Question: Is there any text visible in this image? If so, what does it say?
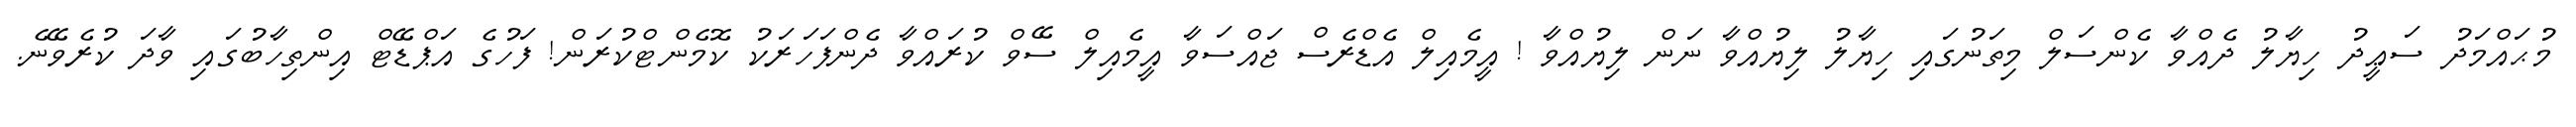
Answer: މުޙައްމަދު ސަޢީދު ހިޔާލު ދެއްވާ ކެންސަލް މިތަނުގައި ހިޔާލު ލިޔުއްވާ ނަން ލިޔުއްވާ ! އީމެއިލް އެޑްރެސް ޖައްސަވާ އީމެއިލް ސޭވް ކުރައްވާ ދެންފަހަރަކު ކޮމެންޓްކުރަން! ފަހުގެ އަޕްޑޭޓް އިންތިހާބުގައި ވާދަ ކުރެވޭނެ.